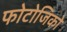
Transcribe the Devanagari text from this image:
फोटोजिको